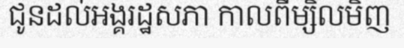
ជូនដល់អង្គរដ្ឋសភា កាលពីម្សិលមិញ